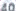
40